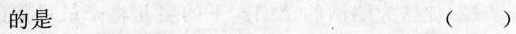
的是 ()